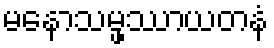
မနောသမ္ဖဿာယတနံ